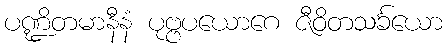
ပဏ္ဍိတမာနီနံ ပုဗ္ဗပယောဂေ ဇီဝိတသင်္ခယော